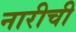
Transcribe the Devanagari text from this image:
नारीची